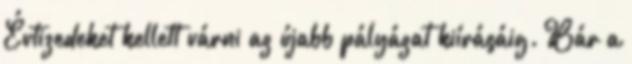
Évtizedeket kellett várni az újabb pályázat kiírásáig. Bár a